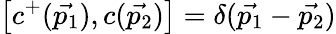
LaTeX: \left[c^{+}(\vec{p_{1}}),c(\vec{p_{2}})\right]=\delta(\vec{p_{1}}-\vec{p_{2}})